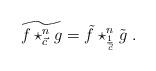
LaTeX: \begin{align*}\widetilde{f\star_{\vec{c}}^{n}g}=\tilde{f}\star_{\frac{1}{\vec{c}}}^{n}\tilde{g}\ . \end{align*}